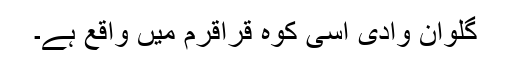
گلوان وادی اسی کوہ قراقرم میں واقع ہے۔